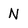
Character: N